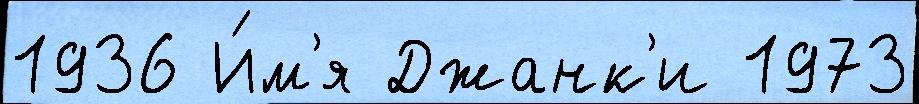
1936 И́м'я Джанк'и 1973